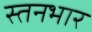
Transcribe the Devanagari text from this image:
स्तनभार